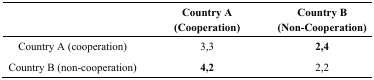
|  | Country A (Cooperation) | Country B (Non-Cooperation) |
 | --- | --- | --- |
 | Country A (cooperation) | 3,3 | 2,4 |
 | Country B (non-cooperation) | 4,2 | 2,2 |